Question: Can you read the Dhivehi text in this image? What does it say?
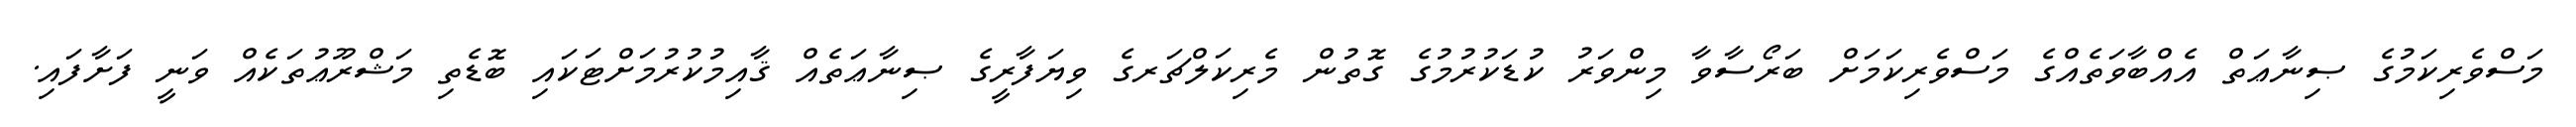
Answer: މަސްވެރިކަމުގެ ޞިނާޢަތް އެއްބާވަތެއްގެ މަސްވެރިކަމަށް ބަރޯސާވާ މިންވަރު ކުޑަކުރުމުގެ ގޮތުން މެރިކަލްޗަރގެ ވިޔަފާރީގެ ޞިނާޢަތެއް ޤާއިމުކުރުމަށްޓަކައި ބޮޑެތި މަޝްރޫޢުތަކެއް ވަނީ ފަށާފައި.